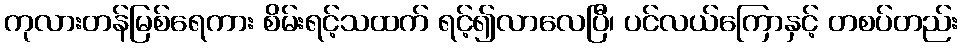
ကုလားတန်မြစ်ရေကား စိမ်းရင့်သထက် ရင့်၍လာလေပြီ၊ ပင်လယ်ကြောနှင့် တစပ်တည်း